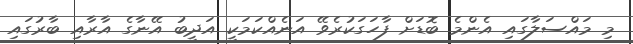
މި މައްސަލާގައި އެންމެ ބޮޑަށް ފާހަގަކުރެވޭ އަނެއްކަމަކީ އަދީބު އޭނާގެ އާރާއި ބާރުގައި